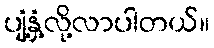
ပျံ့နှံ့လို့လာပါတယ်။